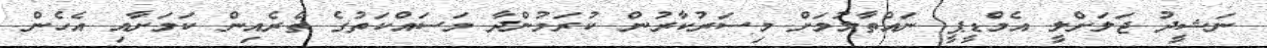
ނަޝީދު ޖަލަށްލީ އެމްޑީޕީ ނައްތާލުމަށް މިސަރުކާރުން ކުރަމުންދާ މަސައްކަތުގެ ތެރެއިން ކަމަށާއި އެހެން